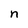
Character: n